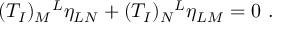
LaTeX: ( T _ { I } ) _ { M } { } ^ { L } \eta _ { L N } + ( T _ { I } ) _ { N } { } ^ { L } \eta _ { L M } = 0 ~ .